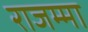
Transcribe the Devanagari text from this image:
राजम्मा